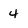
Character: 4